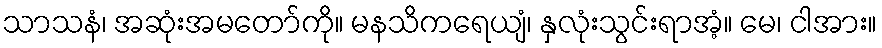
သာသနံ၊ အဆုံးအမတော်ကို။ မနသိကရေယျံ၊ နှလုံးသွင်းရာအံ့။ မေ၊ ငါအား။